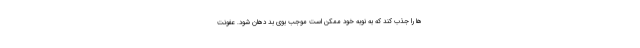
ها را جذب کند که به نوبه خود ممکن است موجب بوی بد دهان شود. عفونت